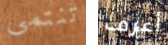
تنتمى أعرف